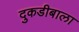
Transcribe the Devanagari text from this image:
दुकडीबाला